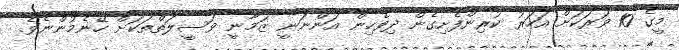
މީގެ 10 ވަރަކަށް އަހަރު ކުރިންފެށިގެން ދިވެހިން އަންނަނީ ޒަމާނީ ވަސީލަތްތަކަށް ހޭނެމުންނެވެ.